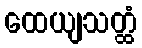
ထေယျသတ္ထံ